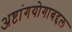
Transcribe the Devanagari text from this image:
अष्टांगयोगाबद्दल